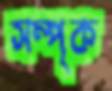
সম্পৃক